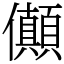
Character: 𠑘